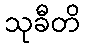
သုခီတိ